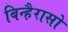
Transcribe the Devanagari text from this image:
बिन्हैरासो